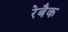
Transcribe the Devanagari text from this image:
रेबैक